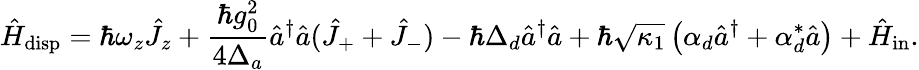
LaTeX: \hat{H}_{\mathrm{disp}}=\hbar\omega_{z}\hat{J}_{z}+\frac{\hbar g_{0}^{2}}{4\Delta_{a}}\hat{a}^{\dagger}\hat{a}(\hat{J}_{+}+\hat{J}_{-})-\hbar\Delta_{d}\hat{a}^{\dagger}\hat{a}+\hbar\sqrt{\kappa_{1}}\left(\alpha_{d}\hat{a}^{\dagger}+\alpha_{d}^{*}\hat{a}\right)+\hat{H}_{\mathrm{in}}.